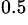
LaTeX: ^{0.5}